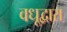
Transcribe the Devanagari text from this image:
वधूद्वारा